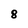
Character: 8